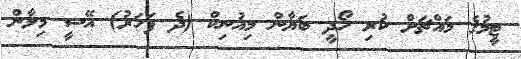
ޓީމުގެ މައްޗަށް ކުރި ހޯދީ ބަޔާން މިއުނިކް (ދެ ފަހަރު) އޭސީ މިލާން